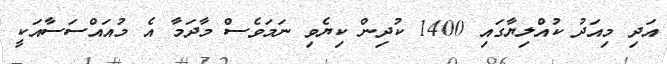
އަދި މިއަދު ކުއްލިޔާގައި 1400 ކުދިން ކިޔެވި ނަމަވެސް މާދަމާ އެ މުއައްސަސާއަކީ